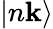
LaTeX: |n\mathbf{k}\rangle